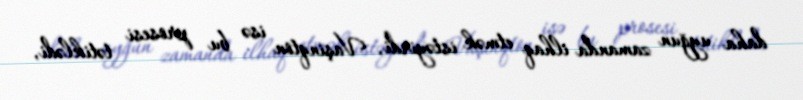
daha uyğun zamanda ilhaq etmək istəyirdi, Vaşinqton isə bu prosesi tətiklədi,